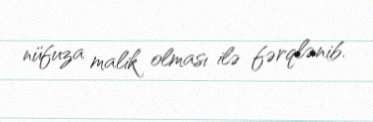
nüfuza malik olması ilə fərqlənib.